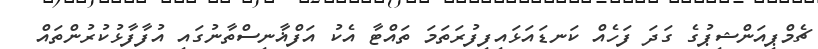
ޗެމްޕިއަންޝިޕުގެ ގަދަ ފަހެއް ކަނޑައަޅައިފިފުރަތަމަ ތައްޓާ އެކު އަފްޣާނިސްތާނުގައި އުފާފާޅުކުރުންތައް